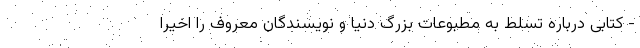
- کتابی درباره تسلط به مطبوعات بزرگ دنیا و نویسندگان معروف را اخیراً